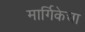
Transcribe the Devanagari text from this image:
मार्गिकेचा